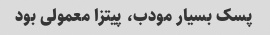
پسک بسیار مودب، پیتزا معمولی بود